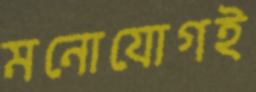
মনোযোগই